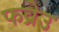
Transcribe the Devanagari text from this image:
फव्रेउ